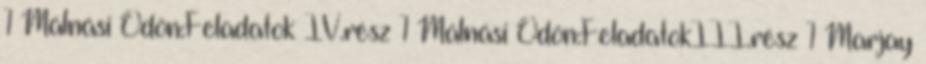
1 Málnási Ödön:Feladatok IV.rész 1 Málnási Ödön:FeladatokIII.rész 1 Marjay